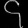
Digit: ၄